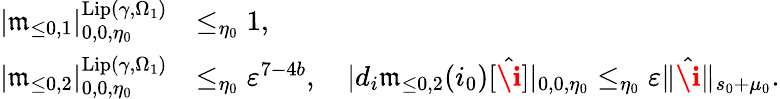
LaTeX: \begin{array}{rl}{|\mathfrak{m}_{\le 0,1}|_{0,0,\eta_{0}}^{\mathrm{Lip}(\gamma,\Omega_{1})}}&{\le_{\eta_{0}}1,}\\ {|\mathfrak{m}_{\le 0,2}|_{0,0,\eta_{0}}^{\mathrm{Lip}(\gamma,\Omega_{1})}}&{\le_{\eta_{0}}\varepsilon^{7-4b},\quad|d_{i}\mathfrak{m}_{\le 0,2}(i_{0})[\hat{\textbf{\i}}]|_{0,0,\eta_{0}}\le_{\eta_{0}}\varepsilon\rVert\hat{\textbf{\i}}\rVert_{s_{0}+\mu_{0}}.}\end{array}